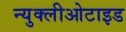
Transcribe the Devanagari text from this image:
न्युक्लीओटाइड